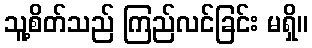
သူ့စိတ်သည် ကြည်လင်ခြင်း မရှိ။